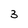
Character: 3